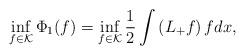
LaTeX: \begin{align*}\inf_{ f \in \mathcal{K} } \Phi_1(f)=\inf_{ f \in \mathcal{K} } \frac{1}{2} \int \left( L_+ f \right)f dx,\end{align*}